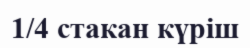
1/4 стакан күріш